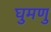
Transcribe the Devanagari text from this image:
घुमणु